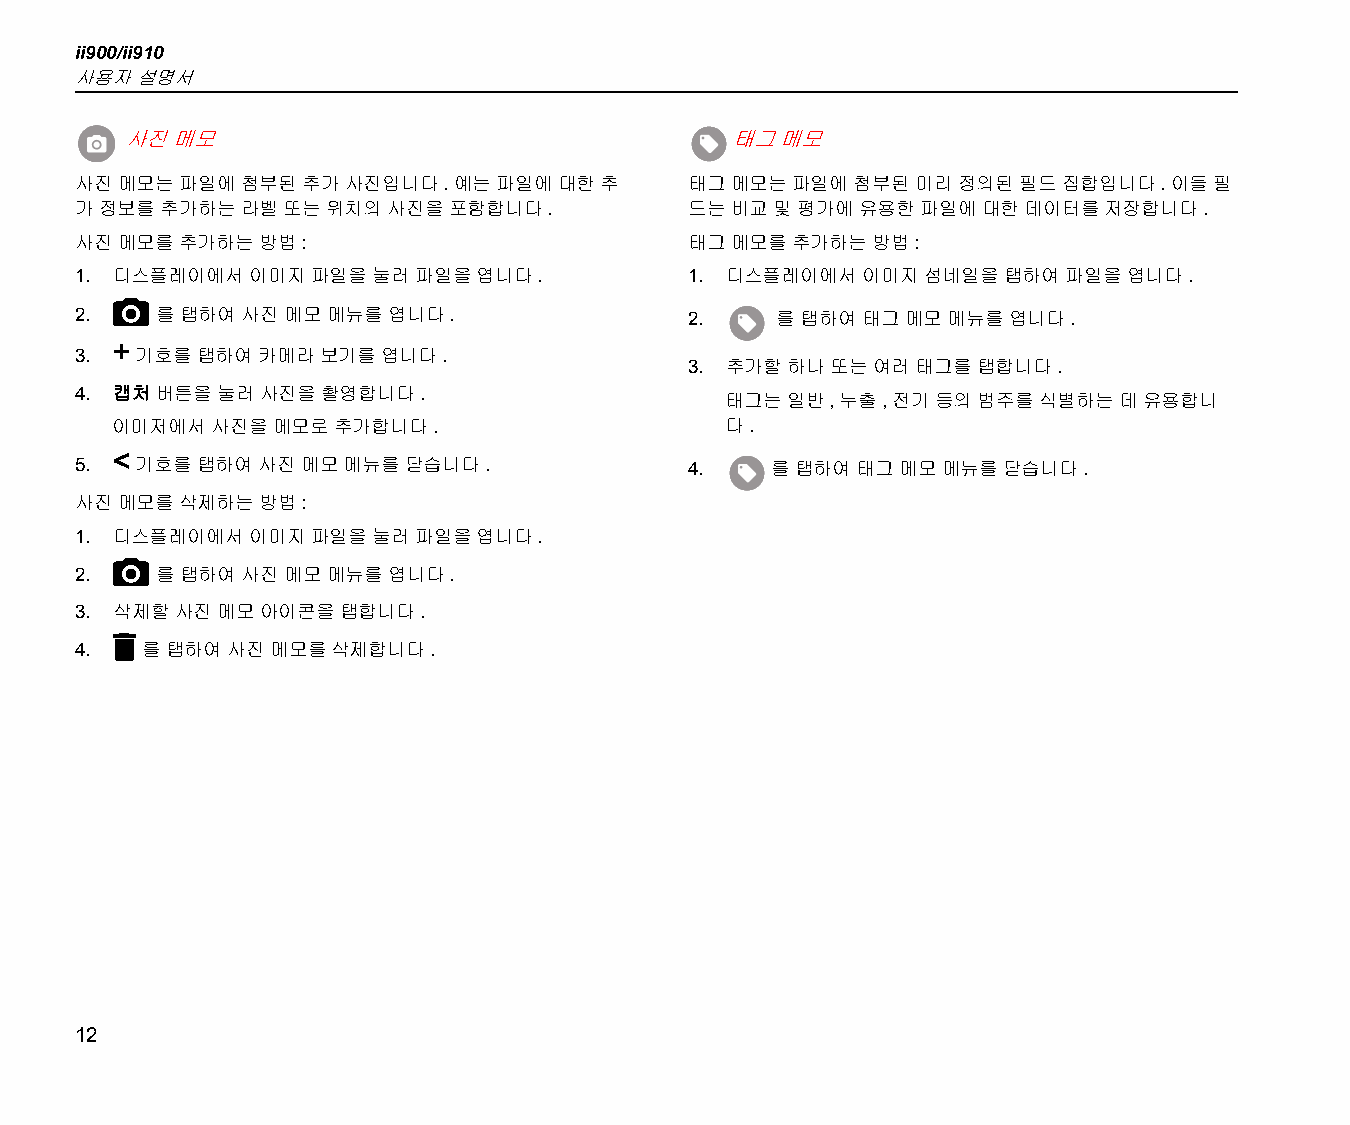
ii900/ii910
 사용자 설명서
 사진 메모                                   태그  메모
 사진 메모는 파일에 첨부된 추가 사진입니다. 예는 파일에 대한 추    태그 메모는 파일에 첨부된  미리 정의된 필드 집합입니다. 이들 필
 가 정보를 추가하는 라벨 또는 위치의 사진을 포함합니다.         드는 비교 및 평가에 유용한 파일에 대한 데이터를 저장합니다.
 사진 메모를 추가하는 방법:                         태그 메모를 추가하는  방법:
 1. 디스플레이에서 이미지  파일을 눌러 파일을 엽니다.         1. 디스플레이에서  이미지 섬네일을 탭하여 파일을  엽니다.
 
 2.   를 탭하여 사진 메모 메뉴를 엽니다.               2.    를 탭하여 태그 메모 메뉴를 엽니다.
 +
 3.  기호를 탭하여 카메라 보기를 엽니다.
 3. 추가할 하나 또는 여러 태그를 탭합니다.
 4. 캡처 버튼을 눌러 사진을 촬영합니다.                    태그는 일반, 누출, 전기 등의 범주를 식별하는 데 유용합니
 이미저에서  사진을 메모로 추가합니다.                    다.
 <
 5.  기호를 탭하여 사진 메모 메뉴를 닫습니다.             4.    를 탭하여 태그 메모 메뉴를 닫습니다.
 사진 메모를 삭제하는 방법:
 1. 디스플레이에서 이미지  파일을 눌러 파일을 엽니다.
 
 2.   를 탭하여 사진 메모 메뉴를 엽니다.
 3. 삭제할 사진 메모 아이콘을 탭합니다.
 
 4.  를 탭하여 사진 메모를 삭제합니다.
 12